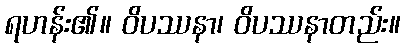
ရဟန်း၏။ ဝိပဿနာ၊ ဝိပဿနာတည်း။